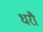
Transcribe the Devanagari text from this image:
धरौ